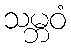
သမ္ဘဝံ